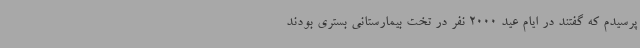
پرسیدم که گفتند در ایام عید 2000 نفر در تخت بیمارستانی بستری بودند